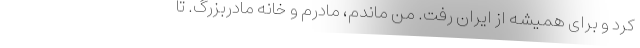
کرد و برای همیشه از ایران رفت. من ماندم، مادرم و خانه مادربزرگ. تا